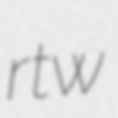
rtw